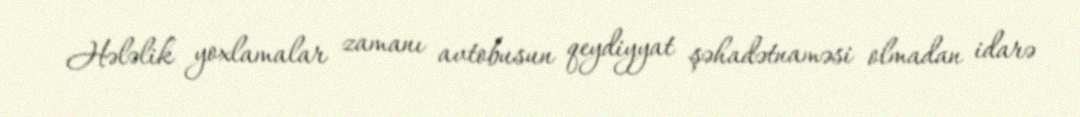
Hələlik yoxlamalar zamanı avtobusun qeydiyyat şəhadətnaməsi olmadan idarə